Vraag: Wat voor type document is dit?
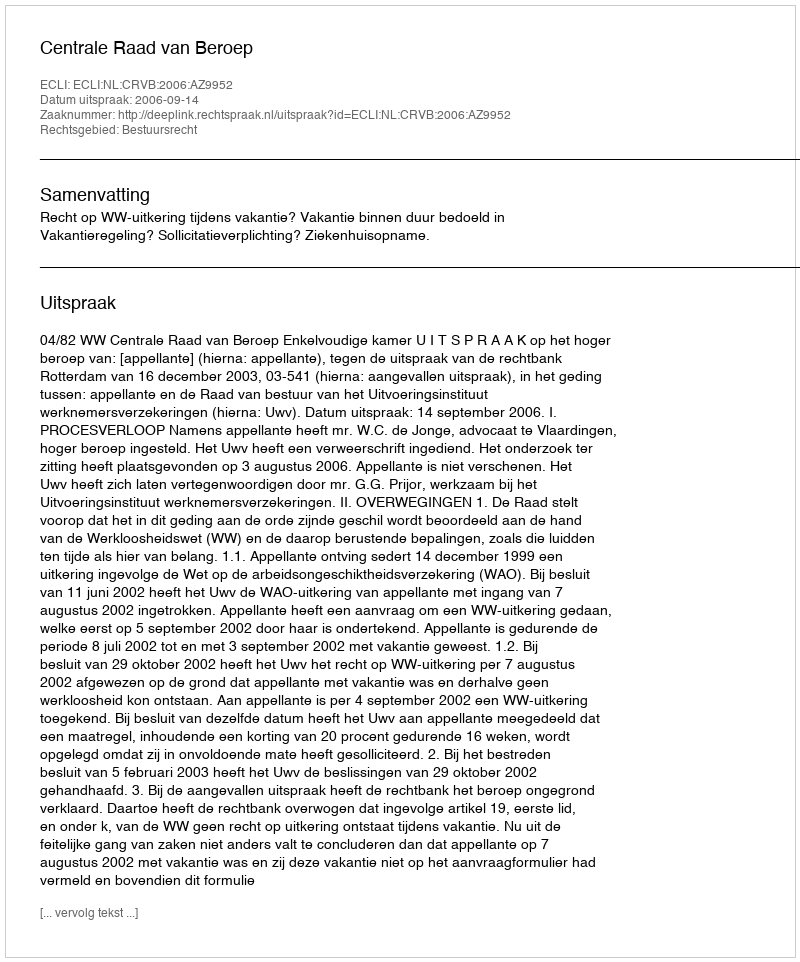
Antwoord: Uitspraak